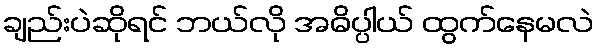
ချည်းပဲဆိုရင် ဘယ်လို အဓိပ္ပါယ် ထွက်နေမလဲ